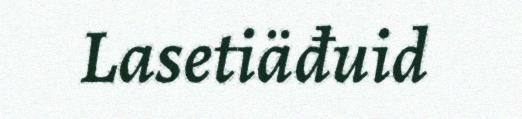
Lasetiäđuid